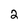
Character: 2